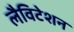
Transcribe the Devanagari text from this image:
लैविटेशन